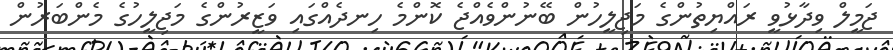
ޖަމީލް ވިދާޅުވީ ރައްޔިތުންގެ މަޖިލީހުން ބޭނުންވެއްޖެ ކޮންމެ ހިނދެއްގައި ވަޒީރުންގެ މަޖިލީހުގެ މެންބަރުން